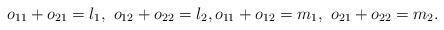
LaTeX: \begin{align*}o_{11}+o_{21}=l_1, \,\, o_{12}+o_{22}=l_2, o_{11}+o_{12}=m_1,\,\, o_{21}+o_{22}=m_2. \end{align*}